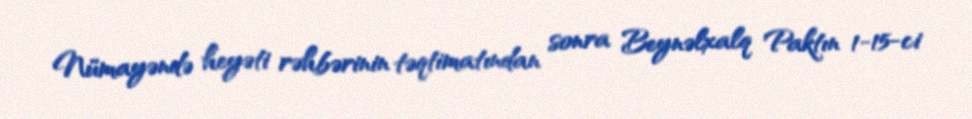
Nümayəndə heyəti rəhbərinin təqtimatından sonra Beynəlxalq Paktın 1-15-ci